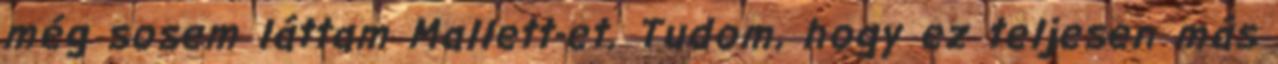
még sosem láttam Mallett-et. Tudom, hogy ez teljesen más